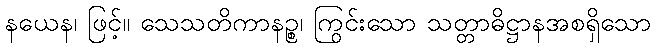
နယေန၊ ဖြင့်။ သေသတိကာနဉ္စ၊ ကြွင်းသော သတ္တာဓိဋ္ဌာနအစရှိသော